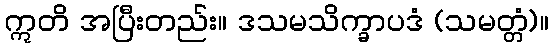
ဣတိ အပြီးတည်း။ ဒသမသိက္ခာပဒံ (သမတ္တံ)။